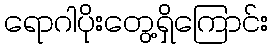
ရောဂါပိုးတွေ့ရှိကြောင်း